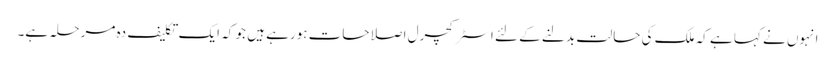
انہوں نے کہا ہے کہ ملک کی حالت بدلنے کے لئے اسٹرکچرل اصلاحات ہورہے ہیں جو کہ ایک تکلیف دہ مرحلہ ہے۔